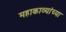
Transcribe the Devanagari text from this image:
महाकाव्यांच्या